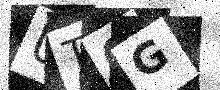
Text: UT0G